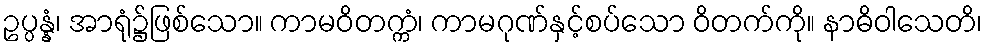
ဥပ္ပန္နံ၊ အာရုံ၌ဖြစ်သော။ ကာမဝိတက္ကံ၊ ကာမဂုဏ်နှင့်စပ်သော ဝိတက်ကို။ နာဓိဝါသေတိ၊